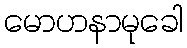
မောဟနာမုခေါ